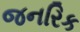
જનરિક